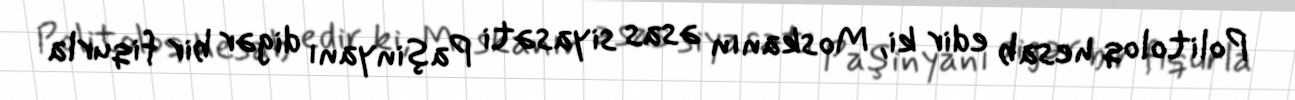
Politoloq hesab edir ki, Moskanın əsas siyasəti Paşinyanı digər bir fiqurla